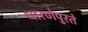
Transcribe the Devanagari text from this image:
धारणेपुरते